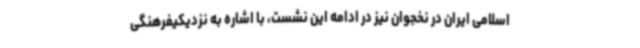
اسلامی ایران در نخجوان نیز در ادامه این نشست، با اشاره به نزدیکیفرهنگی